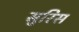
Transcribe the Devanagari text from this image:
सुरिस